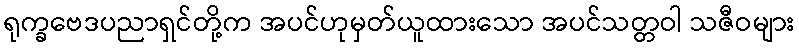
ရုက္ခဗေဒပညာရှင်တို့က အပင်ဟုမှတ်ယူထားသော အပင်သတ္တဝါ သဇီဝများ